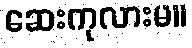
ဆေးကုလားမ။